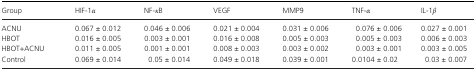
<table><thead><tr><td><b>Group</b></td><td><b>HIF‐1<i>α</i></b></td><td><b>NF‐<i>κ</i>B</b></td><td><b>VEGF</b></td><td><b>MMP9</b></td><td><b>TNF‐<i>α</i></b></td><td><b>IL‐1<i>β</i></b></td></tr></thead><tbody><tr><td>ACNU</td><td>0.067 ± 0.012</td><td>0.046 ± 0.006</td><td>0.021 ± 0.004</td><td>0.031 ± 0.006</td><td>0.076 ± 0.006</td><td>0.027 ± 0.001</td></tr><tr><td>HBOT</td><td>0.016 ± 0.005</td><td>0.003 ± 0.001</td><td>0.016 ± 0.008</td><td>0.005 ± 0.003</td><td>0.005 ± 0.003</td><td>0.006 ± 0.003</td></tr><tr><td>HBOT+ACNU</td><td>0.011 ± 0.005</td><td>0.001 ± 0.001</td><td>0.008 ± 0.003</td><td>0.003 ± 0.002</td><td>0.003 ± 0.001</td><td>0.003 ± 0.005</td></tr><tr><td>Control</td><td>0.069 ± 0.014</td><td>0.05 ± 0.014</td><td>0.049 ± 0.018</td><td>0.039 ± 0.001</td><td>0.0104 ± 0.02</td><td>0.03 ± 0.007</td></tr></tbody></table>